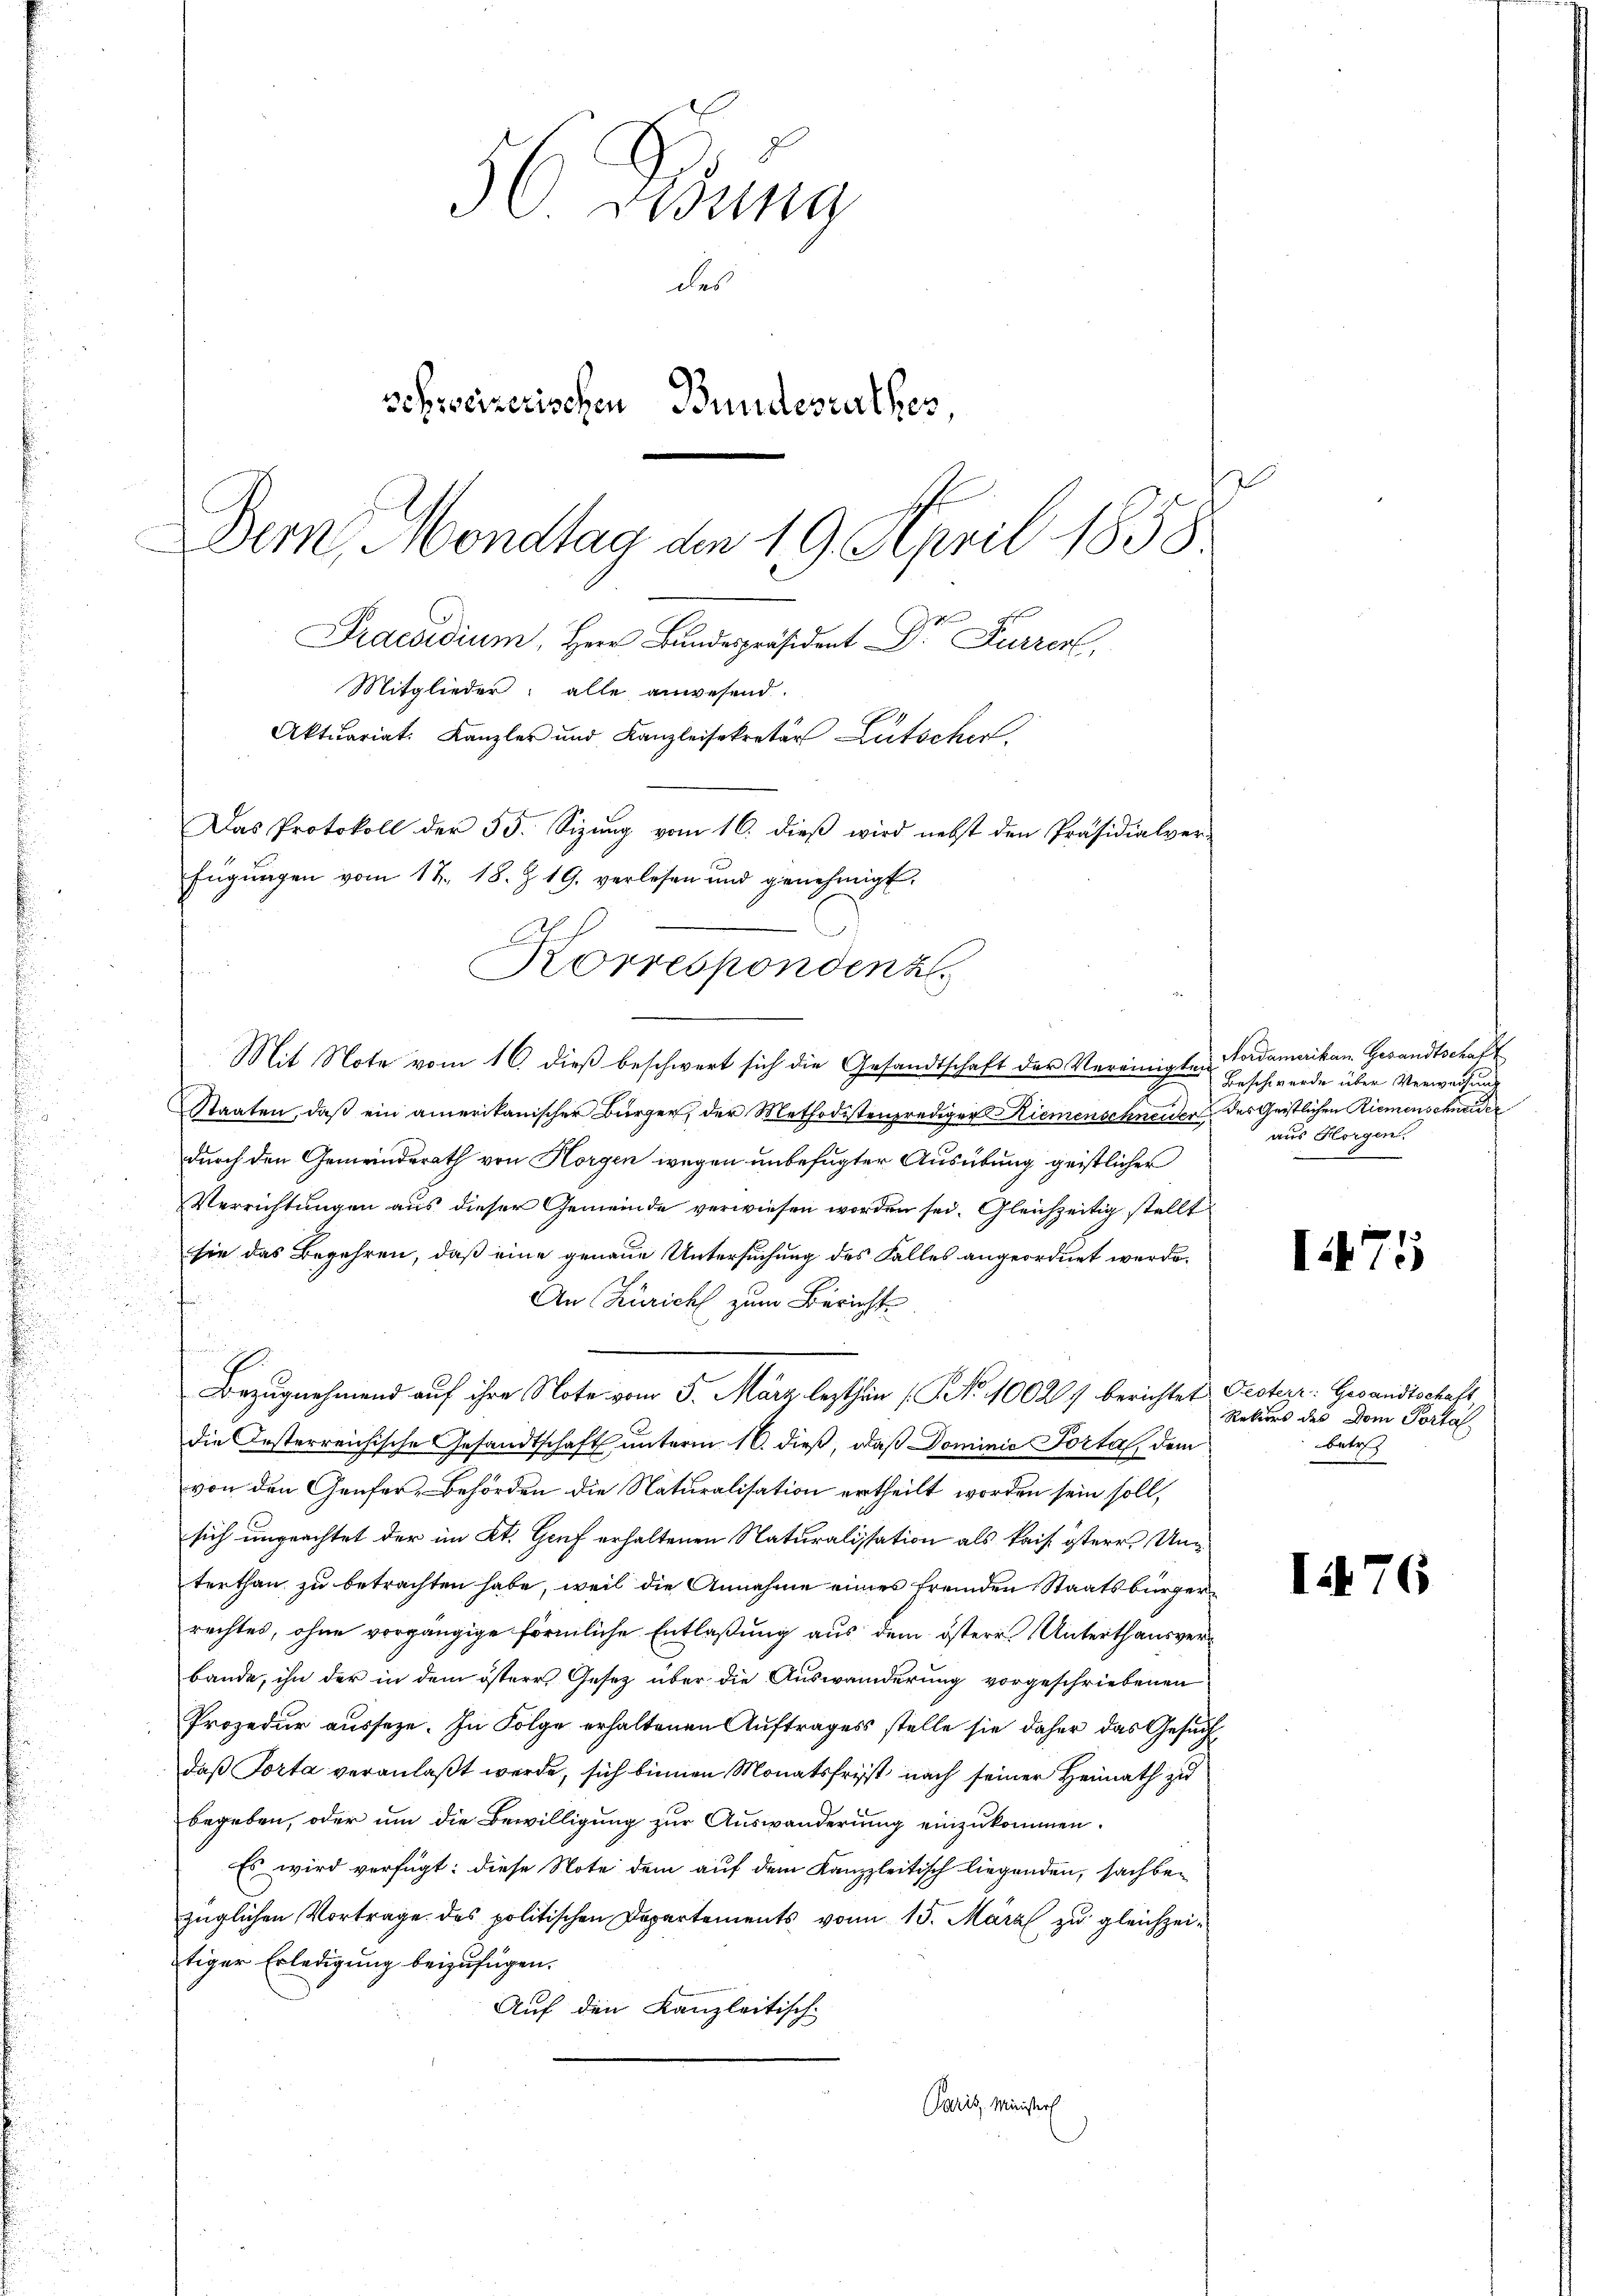
56 derung
des
schweizerischen Bundesrathes
Dern, Mondtag den 19. April 1858.
Praesidium, Herr Bundespräsident Dr Furrer,
Mitglieder: alle anwesend.
Aktuariat. Kanzler und Kanzleisekretär Lütscher
Das Protokoll der 55. Sizung vom 16. dieß wird nebst den Präsidialver-
fügungen vom 17. 18. Z. 19. verlesen und genehmigt.

Korrespondenz
Mit Note vom 16. dieß beschwert sich die Gesandtschaft der Vereinigten Vordamerikan Gesandtschaft

Staaten, daß ein amerikanischer Bürger, der Methodistenprediger Riemenschneiden des Geistlichen Riemenschneider
durch den Gemeinderath von Horgen wegen unbefugter Ausübung geistlicher
Verrichtungen aus dieser Gemeinde verwiesen worden sei. Gleichzeitig stellt
sie das Begehren, daß eine genaue Untersuchung des Falles angeordnet werde.
An Züricht zum Berichte
Bezugnahmend auf ihre Note vom 5. März lezthin (No. 10027 berichtete Pecher: Gesandtschaft
die Oesterreichische Gesandtschaft unterm 16. dieß, daß Dominie Porta, dem
von den Genfer, Behörden die Naturalisation ertheilt worden sein soll,
sich ungeachtet der im Kt. Genf erhaltenen Naturalistation als kais itere Unterthan zu betrachten habe, weil die Annahme eines fremden Staatsbürgerrechtes, ohne vorgängige förmliche Entlaßung aus dem österes Unterthansverbande, ihn der in dem österes Gesetz über die Auswanderung vorgeschriebenen
Prozedur ausseze. In Folge erhaltenen Auftrages stelle sie daher das Gesuch
daß Porta veranlaßt werde, sich binnen Monatsfrist nach seiner Heimath zu
begeben, oder um die Bewilligung zur Auswanderung einzukommen.
Es wird verfügt: diese Note dem auf dem Kanzleitisch liegenden, sachbezüglichen Vortrage des politischen Departements von 15. März zu gleichzeitiger Erledigung beizufügen.
Auf den Kanzleitisch-
Paris, Minister

Beschwerde über Verweisung
aus Horgen.

I475

Rekurs des Dom Portal
betr

I24

76